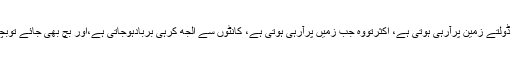
ہاں بہت بلندی پراڑتی ہے پتنگ اورکٹ مرتی ہے اورڈولتے ڈولتے زمین پرآرہی ہوتی ہے، اکثرتووہ جب زمیں پرآرہی ہوتی ہے، کانٹوں سے الجھ کرہی بربادہوجاتی ہے،اور بچ بھی جائے توبچے اسے پرزہ پرزہ کردیتے ہیں،دھوکہ ہے سب دھوکہ یارو۔